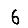
Digit: 6